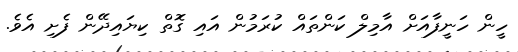
ހީން ހަނީފާއަށް އާމިލް ކަންތައް ކުރަމުން އައި ގޮތް ކިޔައިދޭން ފެށި އެވެ.